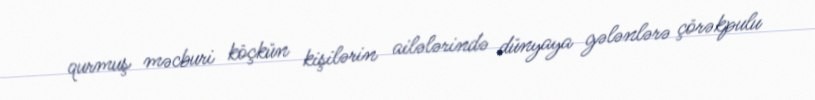
qurmuş məcburi köçkün kişilərin ailələrində dünyaya gələnlərə çörəkpulu